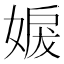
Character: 𡞬